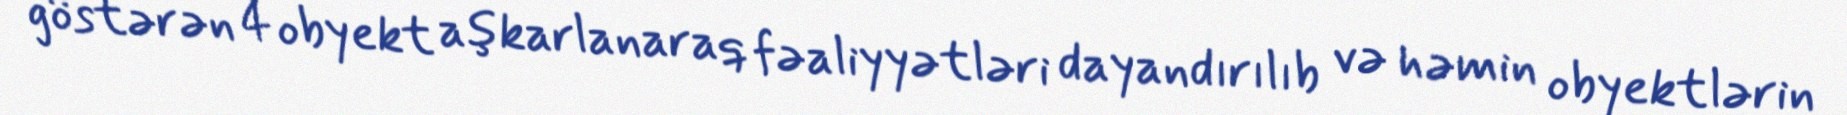
göstərən 4 obyekt aşkarlanaraq fəaliyyətləri dayandırılıb və həmin obyektlərin